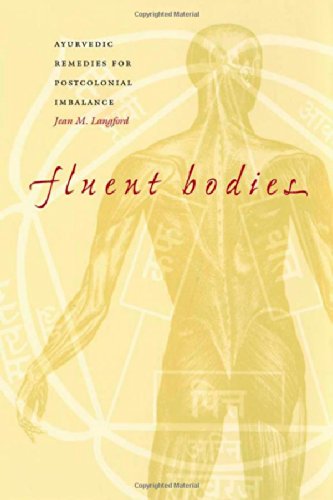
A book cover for Fluent Bodies: Ayurvedic Remedies for Postcolonial Imbalance (Body, Commodity, Text); Jean M. Langford; Health, Fitness & Dieting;